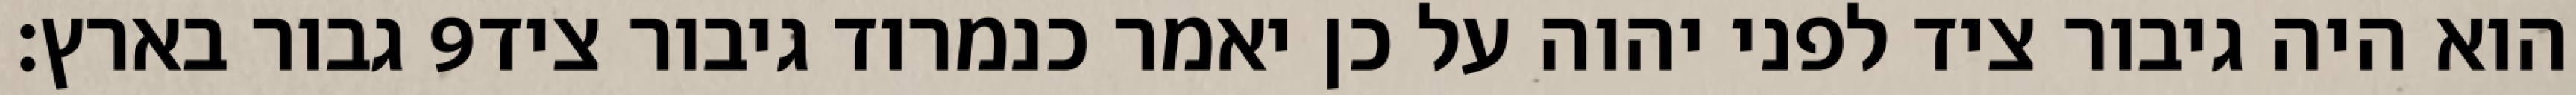
גבור בארץ׃ ‎9‏ הוא היה גיבור ציד לפני יהוה על כן יאמר כנמרוד גיבור ציד